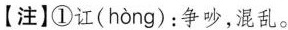
【注】①讧( hòng )：争吵，混乱。